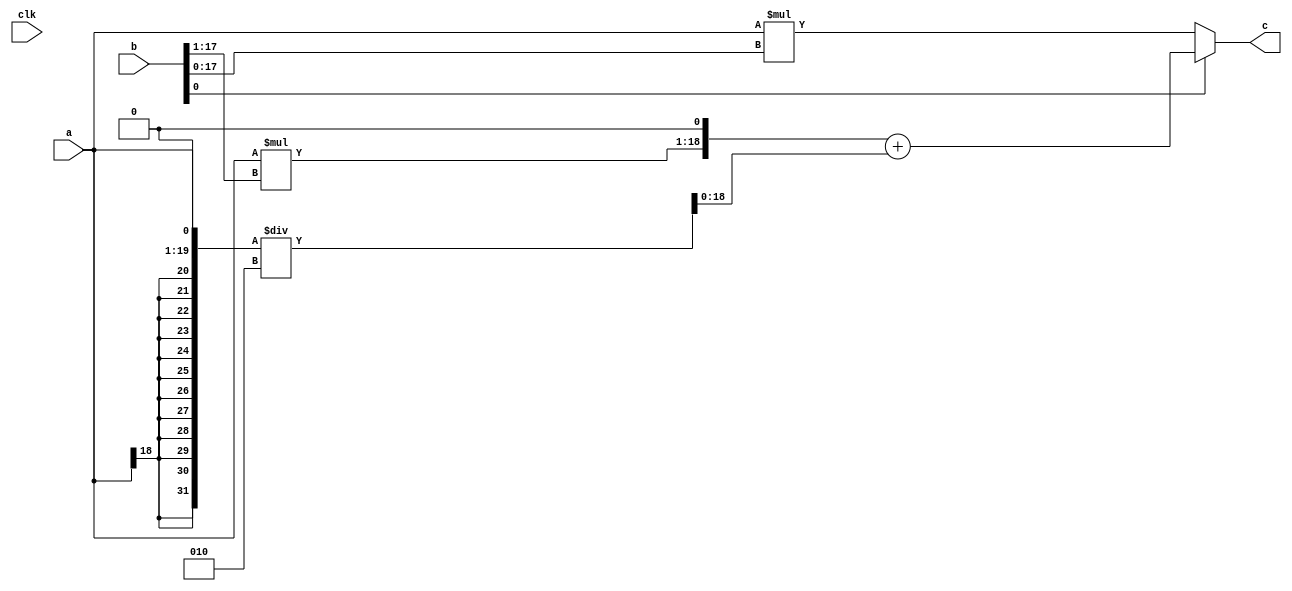
module muler(a,b,c,clk);
input signed[18:0] a;
input signed[18:0] b;       //.0
output signed[18:0] c;      //.0
input clk;
wire x;
assign x =b[0];
reg signed[18:0] c1;
reg signed[18:0] a1;

always @(*) begin
if(x) begin
   a1 = (a<<<1) / 2;
   c1 = ((a * b[17:1])<<<1) + a1;
   end
else 
   c1 = a * b[17:0];
end
assign c = c1;

endmodule